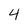
Character: 4